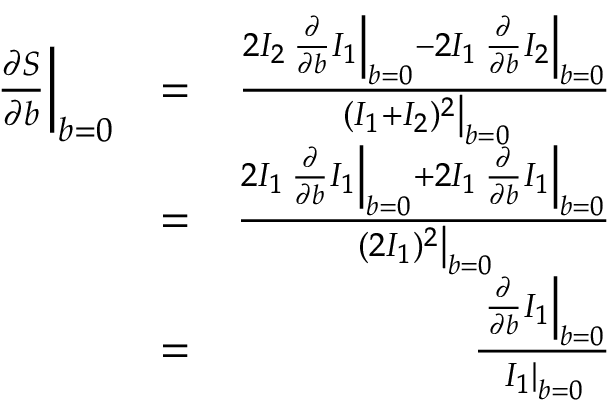
\begin{array} { r l r } { \left. \frac { \partial S } { \partial b } \right| _ { b = 0 } } & { = } & { \frac { 2 I _ { 2 } \left. \frac { \partial } { \partial b } I _ { 1 } \right| _ { b = 0 } - 2 I _ { 1 } \left. \frac { \partial } { \partial b } I _ { 2 } \right| _ { b = 0 } } { \left. ( I _ { 1 } + I _ { 2 } ) ^ { 2 } \right| _ { b = 0 } } } \\ & { = } & { \frac { 2 I _ { 1 } \left. \frac { \partial } { \partial b } I _ { 1 } \right| _ { b = 0 } + 2 I _ { 1 } \left. \frac { \partial } { \partial b } I _ { 1 } \right| _ { b = 0 } } { \left. ( 2 I _ { 1 } ) ^ { 2 } \right| _ { b = 0 } } } \\ & { = } & { \frac { \left. \frac { \partial } { \partial b } I _ { 1 } \right| _ { b = 0 } } { \left. I _ { 1 } \right| _ { b = 0 } } } \end{array}